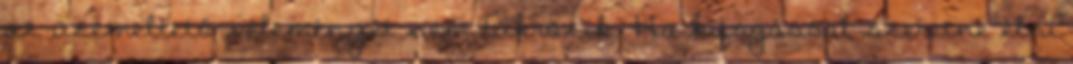
az üzemeltető véleményét nem tükrözik. Ha kifogással szeretne élni